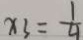
x 3 = \frac { 1 } { 4 }